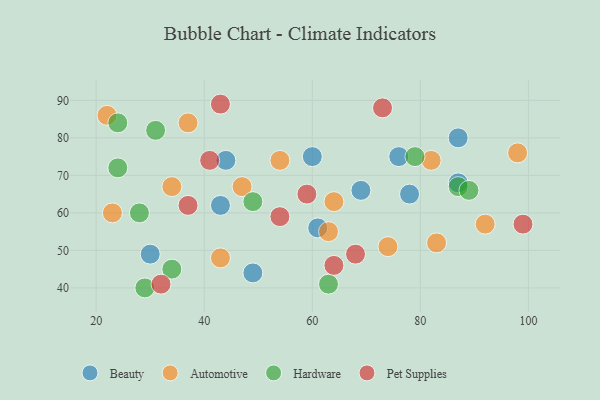
{"axis": {"x": "GDP", "y": "Life Expectancy"}, "legend": ["Automotive", "Beauty", "Hardware", "Pet Supplies"], "data": [{"x": "44", "y": 74, "type": "Beauty"}, {"x": "87", "y": 80, "type": "Beauty"}, {"x": "87", "y": 68, "type": "Beauty"}, {"x": "78", "y": 65, "type": "Beauty"}, {"x": "60", "y": 75, "type": "Beauty"}, {"x": "43", "y": 62, "type": "Beauty"}, {"x": "61", "y": 56, "type": "Beauty"}, {"x": "49", "y": 44, "type": "Beauty"}, {"x": "69", "y": 66, "type": "Beauty"}, {"x": "76", "y": 75, "type": "Beauty"}, {"x": "30", "y": 49, "type": "Beauty"}, {"x": "34", "y": 67, "type": "Automotive"}, {"x": "63", "y": 55, "type": "Automotive"}, {"x": "54", "y": 74, "type": "Automotive"}, {"x": "64", "y": 63, "type": "Automotive"}, {"x": "98", "y": 76, "type": "Automotive"}, {"x": "43", "y": 48, "type": "Automotive"}, {"x": "22", "y": 86, "type": "Automotive"}, {"x": "82", "y": 74, "type": "Automotive"}, {"x": "92", "y": 57, "type": "Automotive"}, {"x": "83", "y": 52, "type": "Automotive"}, {"x": "37", "y": 84, "type": "Automotive"}, {"x": "23", "y": 60, "type": "Automotive"}, {"x": "74", "y": 51, "type": "Automotive"}, {"x": "47", "y": 67, "type": "Automotive"}, {"x": "31", "y": 82, "type": "Hardware"}, {"x": "24", "y": 72, "type": "Hardware"}, {"x": "79", "y": 75, "type": "Hardware"}, {"x": "28", "y": 60, "type": "Hardware"}, {"x": "24", "y": 84, "type": "Hardware"}, {"x": "63", "y": 41, "type": "Hardware"}, {"x": "49", "y": 63, "type": "Hardware"}, {"x": "87", "y": 67, "type": "Hardware"}, {"x": "34", "y": 45, "type": "Hardware"}, {"x": "89", "y": 66, "type": "Hardware"}, {"x": "29", "y": 40, "type": "Hardware"}, {"x": "32", "y": 41, "type": "Pet Supplies"}, {"x": "37", "y": 62, "type": "Pet Supplies"}, {"x": "99", "y": 57, "type": "Pet Supplies"}, {"x": "64", "y": 46, "type": "Pet Supplies"}, {"x": "43", "y": 89, "type": "Pet Supplies"}, {"x": "68", "y": 49, "type": "Pet Supplies"}, {"x": "41", "y": 74, "type": "Pet Supplies"}, {"x": "54", "y": 59, "type": "Pet Supplies"}, {"x": "73", "y": 88, "type": "Pet Supplies"}, {"x": "59", "y": 65, "type": "Pet Supplies"}]}